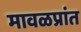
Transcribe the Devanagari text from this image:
मावळप्रांत